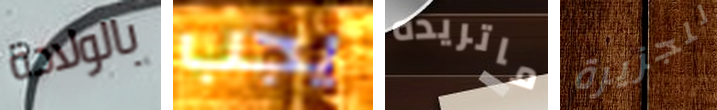
بالولادة يجب ماتريده للجزيرة